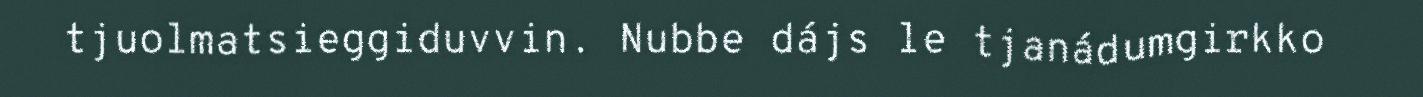
tjuolmatsieggiduvvin. Nubbe dájs le tjanádumgirkko